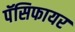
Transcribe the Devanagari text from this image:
पॅसिफायर